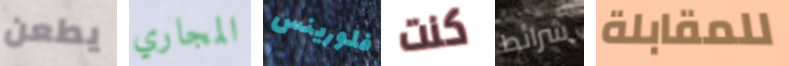
يطعن المجاري فلورينس كنت شرائط للمقابلة